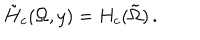
\tilde { H } _ { c } ( \Omega , y ) = H _ { c } ( \tilde { \Omega } ) \, .